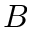
B